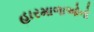
હારમાળાઓનો